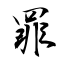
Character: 罪